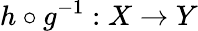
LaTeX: h\circ g^{-1}:X\to Y